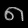
Digit: ၈